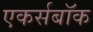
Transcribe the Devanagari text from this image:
एकर्सबॉक